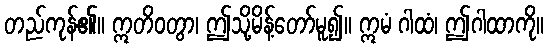
တည်ကုန်၏။ ဣတိဝတွာ၊ ဤသို့မိန့်တော်မူ၍။ ဣမံ ဂါထံ၊ ဤဂါထာကို။